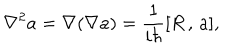
LaTeX: \nabla ^ { 2 } a = \nabla ( \nabla a ) = \frac 1 { i \hbar } [ R \, , \, a ] ,